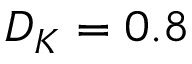
D _ { K } = 0 . 8